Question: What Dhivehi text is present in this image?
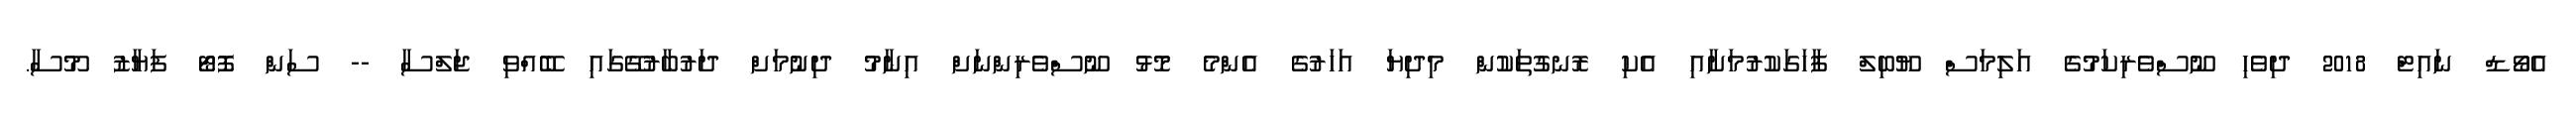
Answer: އެވޯޑް ނައިޓް 2018 ދިވެހި ނޫސްވެރިކަމުގެ އަލިމަސް ޔޫބިލް ފާހަގަކުރުމަށާއި އެކި ރޮނގުތަކުން މިދިޔަ އަހަރުގެ އެންމެ މޮޅު ނޫސްވެރިންނަށް އިނާމު ދިނުމަށް ދަރުބާރުގޭގައި ބޭއްވި ޖަލްސާ -- ސަން ފޮޓޯ ފަޔާޒު މޫސާ.